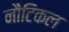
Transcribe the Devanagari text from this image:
नौटिकल